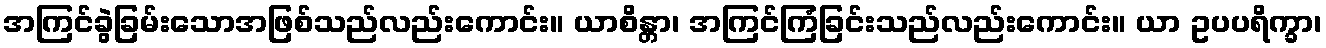
အကြင်ခွဲခြမ်းသောအဖြစ်သည်လည်းကောင်း။ ယာစိန္တာ၊ အကြင်ကြံခြင်းသည်လည်းကောင်း။ ယာ ဥပပရိက္ခာ၊